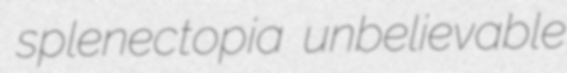
splenectopia unbelievable